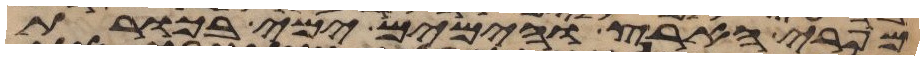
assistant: מפרי הארץ והימים ימי בכורת